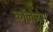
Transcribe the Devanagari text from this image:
काॅलेजेस